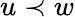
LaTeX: u\prec w